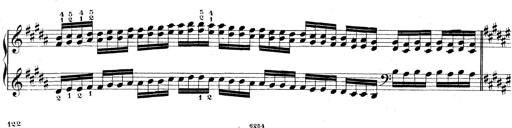
Title: Technische Studien
Composer: Franz Liszt